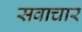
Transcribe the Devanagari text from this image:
सवाचार